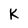
Character: K